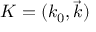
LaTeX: K = ( k _ { 0 } , { \vec { k } } )